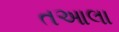
તઆલા